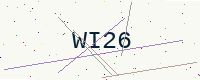
Text: WI26